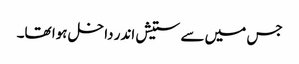
جس میں سے ستیش اندر داخل ہوا تھا۔